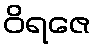
ဝိရဇေ